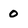
Character: 0